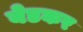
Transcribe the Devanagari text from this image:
येडकर